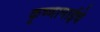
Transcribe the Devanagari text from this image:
कृष्णामाईचे